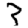
Digit: 3